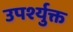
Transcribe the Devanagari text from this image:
उपर्श्युक्त